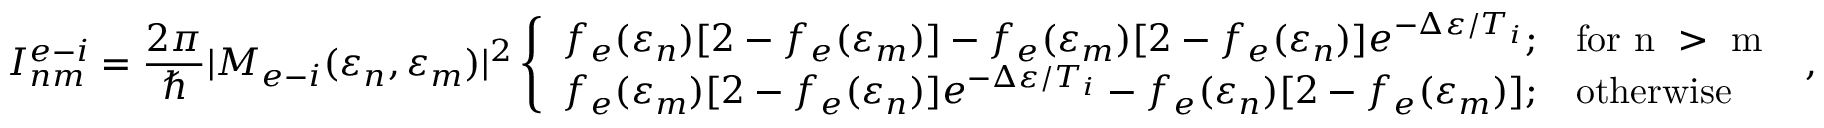
I _ { n m } ^ { e - i } = \frac { 2 \pi } { \hbar } | M _ { e - i } ( \varepsilon _ { n } , \varepsilon _ { m } ) | ^ { 2 } \left\{ \begin{array} { l l } { f _ { e } ( \varepsilon _ { n } ) [ 2 - f _ { e } ( \varepsilon _ { m } ) ] - f _ { e } ( \varepsilon _ { m } ) [ 2 - f _ { e } ( \varepsilon _ { n } ) ] e ^ { - \Delta \varepsilon / T _ { i } } ; } & { \mathrm { f o r ~ n ~ > ~ m ~ } } \\ { f _ { e } ( \varepsilon _ { m } ) [ 2 - f _ { e } ( \varepsilon _ { n } ) ] e ^ { - \Delta \varepsilon / T _ { i } } - f _ { e } ( \varepsilon _ { n } ) [ 2 - f _ { e } ( \varepsilon _ { m } ) ] ; } & { \mathrm { o t h e r w i s e } } \end{array} \right. ,